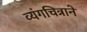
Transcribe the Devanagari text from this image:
व्यंगचित्राने